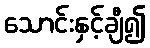
သောင်းနှင့်ချီ၍